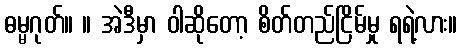
ဓမ္မဂုတ်။ ။ အဲဒီမှာ ဝါဆိုတော့ စိတ်တည်ငြိမ်မှု ရရဲ့လား။